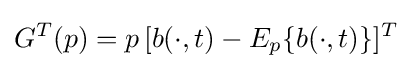
G^{T}(p)=p\,[b(\cdot ,t)-E_{p}\{b(\cdot ,t)\}]^{T}